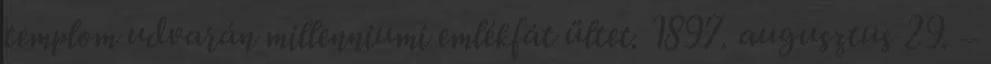
templom udvarán millenniumi emlékfát ültet. 1897. augusztus 29. –